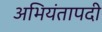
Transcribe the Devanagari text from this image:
अभियंतापदी